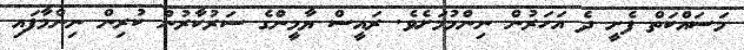
މަސައްކަތް ފެށީ ދެ އަހަރުން ނިންމުމަށެވެ. ރައީސް ޔާމީންގެ ސަރުކާރުން ކުރިން ނިންމާފައި